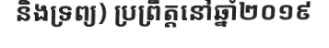
និងទ្រព្យ) ប្រព្រឹត្តនៅឆ្នាំ២០១៩